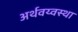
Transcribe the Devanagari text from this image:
अर्थवय्वस्था